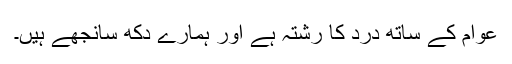
عوام کے ساتھ درد کا رشتہ ہے اور ہمارے دکھ سانجھے ہیں۔